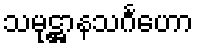
သမုဋ္ဌာနသင်္ဂဟော